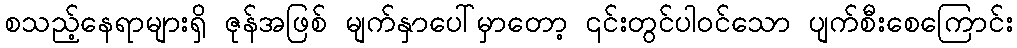
စသည့်နေရာများရှိ ဇုန်အဖြစ် မျက်နှာပေါ်မှာတော့ ၎င်းတွင်ပါဝင်သော ပျက်စီးစေကြောင်း